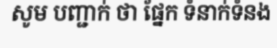
សូម បញ្ជាក់ ថា ផ្នែក ទំនាក់ទំនង